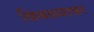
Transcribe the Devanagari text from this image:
बिबळ्यावर